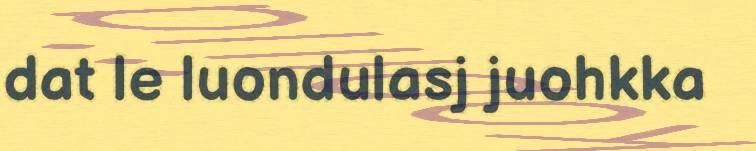
dat le luondulasj juohkka